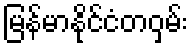
မြန်မာနိုင်ငံတဝှမ်း